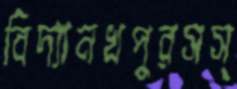
বিদ্যানখপুরসস্